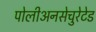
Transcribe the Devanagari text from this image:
पोलीअनसेचुरेटेड